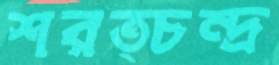
শরত্চন্দ্র